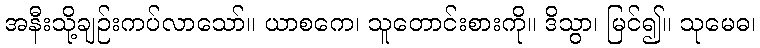
အနီးသို့ချဉ်းကပ်လာသော်။ ယာစကေ၊ သူတောင်းစားကို။ ဒိသွာ၊ မြင်၍။ သုမေဓ၊